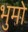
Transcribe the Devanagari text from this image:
भुमो